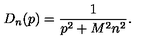
D _ { n } ( p ) = \frac 1 { p ^ { 2 } + M ^ { 2 } n ^ { 2 } } .